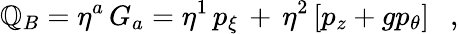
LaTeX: \mathbb{Q}_{B}=\eta^{a}\, G_{a}=\eta^{1}\, p_{\xi}\, +\, \eta^{2}\left[p_{z}+gp_{\theta}\right]\ \ \ ,